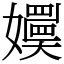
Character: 嬽